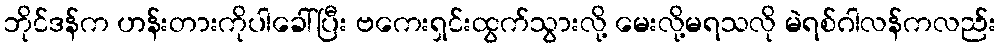
ဘိုင်ဒန်က ဟန်းတားကိုပါခေါ်ပြီး ဗကေးရှင်းထွက်သွားလို့ မေးလို့မရသလို မဲရစ်ဂါလန်ကလည်း